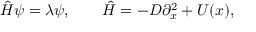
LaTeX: { \hat { H } } \psi = \lambda \psi , \qquad { \hat { H } } = - D \partial _ { x } ^ { 2 } + U ( x ) ,